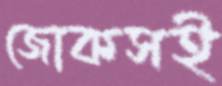
জোকসই